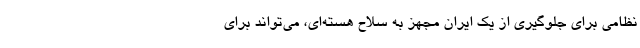
نظامی برای جلوگیری از یک ایران مجهز به سلاح هسته‌ای، می‌تواند برای